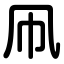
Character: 凧